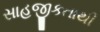
સાહજીકતાથી